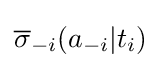
{\overline {\sigma }}_{-i}(a_{-i}|t_{i})